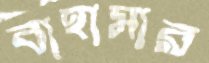
বাহামার